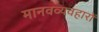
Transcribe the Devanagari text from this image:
मानवव्यवहारों